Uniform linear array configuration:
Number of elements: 48
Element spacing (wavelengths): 0.5
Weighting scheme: blackman
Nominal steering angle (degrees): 30
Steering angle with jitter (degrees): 28.467
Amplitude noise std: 0.05
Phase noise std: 0.05

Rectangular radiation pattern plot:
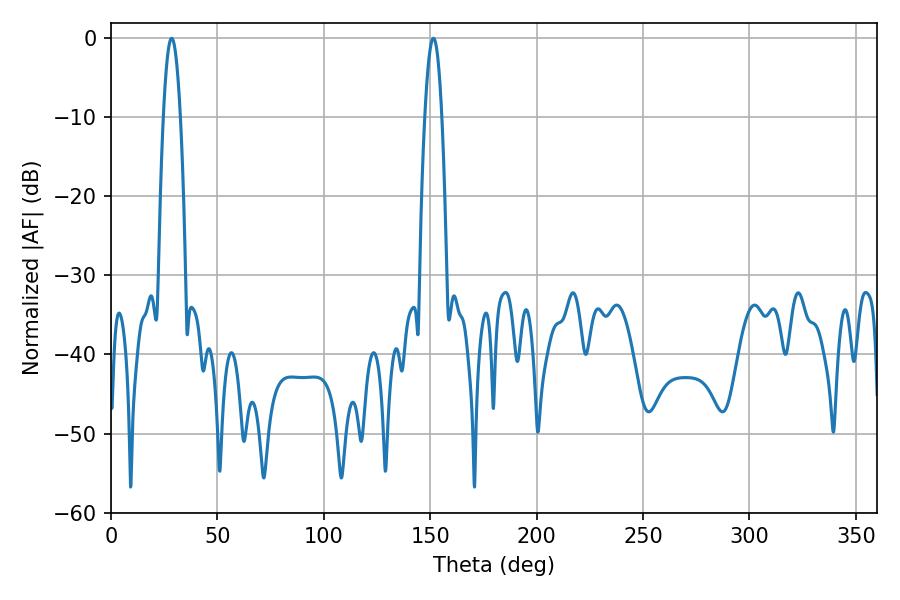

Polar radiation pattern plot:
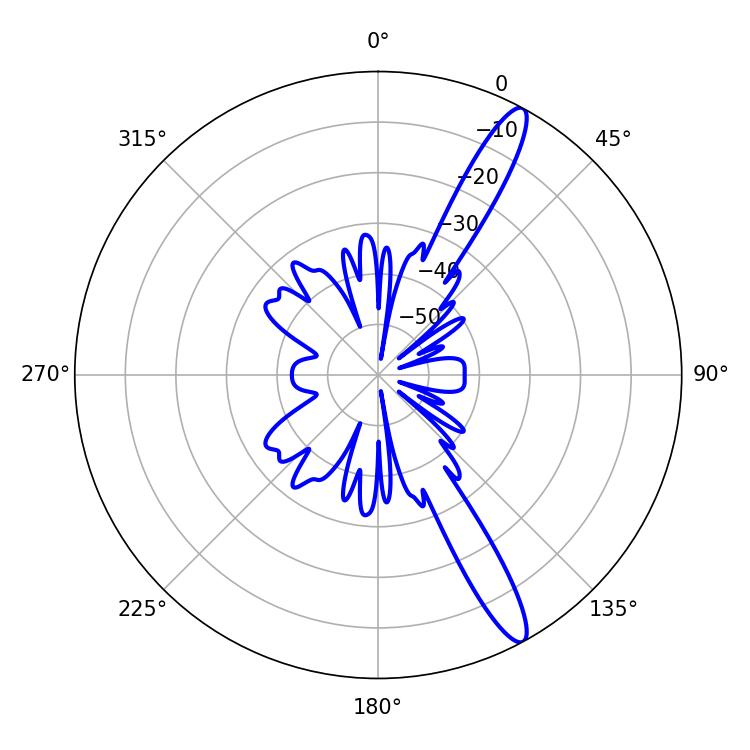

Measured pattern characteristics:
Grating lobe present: FALSE
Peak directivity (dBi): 14.025
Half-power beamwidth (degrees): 4.5
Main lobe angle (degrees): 28.44